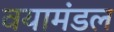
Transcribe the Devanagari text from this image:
वयामंडल